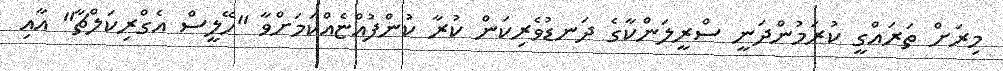
މިރަށް ތަރައްގީ ކުރަމުންދަނީ ސްރީލަންކާގެ ދަނޑުވެރިކަން ކުރާ ކުންފުއްޏެއްކަމަށްވާ "ހޭލީސް އެގްރިކަލްޗާ" އާއި